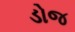
ડોજ